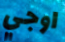
اوجي